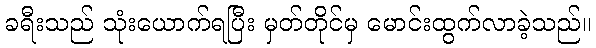
ခရီးသည် သုံးယောက်ရပြီး မှတ်တိုင်မှ မောင်းထွက်လာခဲ့သည်။